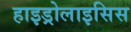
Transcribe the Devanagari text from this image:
हाइड्रोलाइसिस